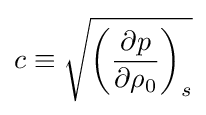
c\equiv {\sqrt {\left({\frac {\partial p}{\partial \rho _{0}}}\right)_{s}}}